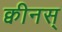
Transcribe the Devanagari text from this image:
क्वीनस्